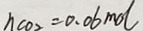
h _ { C O _ { 2 } } = 0 . 0 6 m o l